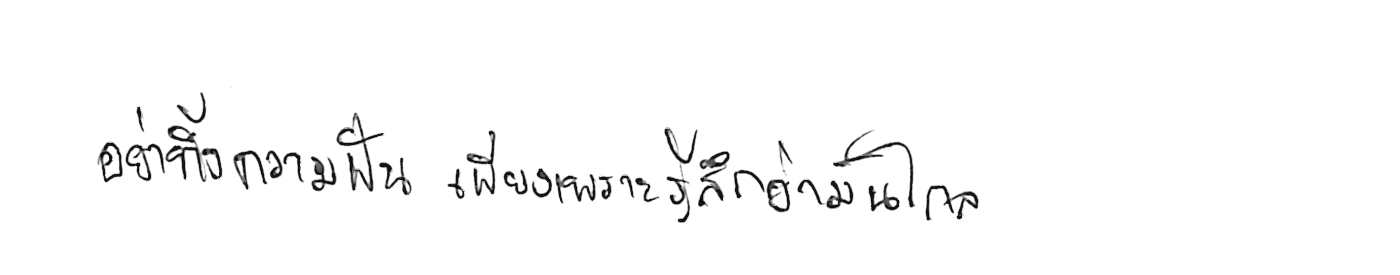
อย่าทิ้งความฝัน เพียงเพราะรู้สึกว่ามันไกล